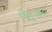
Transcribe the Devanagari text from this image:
निर्जन।